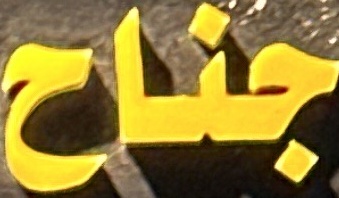
جناح